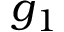
g _ { 1 }